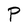
Character: P